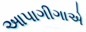
આપાગીગાએ